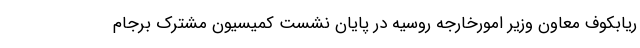
ریابکوف معاون وزیر امورخارجه روسیه در پایان نشست کمیسیون مشترک برجام